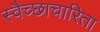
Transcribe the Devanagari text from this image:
स्वैच्छाचारिता